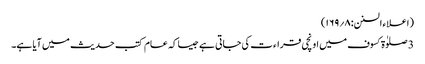
(اعلاء السنن:۸؍۱۶۹)
3 صلوٰۃ کسوف میں اونچی قراء ت کی جاتی ہے جیسا کہ عام کتب حدیث میں آیا ہے۔